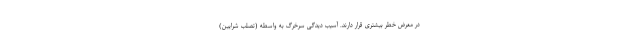
در معرض خطر بیشتری قرار دارند. آسیب دیدگی سرخرگ به واسطه (تصلب شرایین)